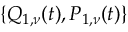
\{ Q _ { 1 , \nu } ( t ) , P _ { 1 , \nu } ( t ) \}